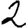
Digit: 2